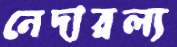
নেদারল্য